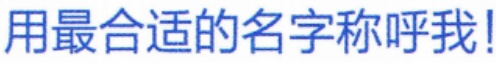
用最合适的名字称呼我!